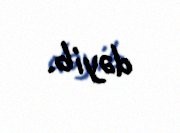
dəyib.